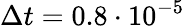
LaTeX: \Delta t=0.8\cdot 10^{-5}